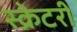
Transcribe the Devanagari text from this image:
स्क्रेटरी